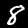
Label: 8